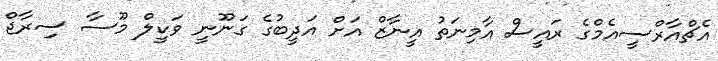
އެޗްއާރްސީއެމްގެ ރައީސް އާމިނަތު އީނާޒް އަށް އަދީބުގެ ގަނޫނީ ވަކީލް މޫސާ ސިރާޖް